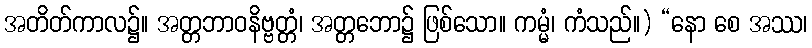
အတိတ်ကာလ၌။ အတ္တဘာဝနိဗ္ဗတ္တံ၊ အတ္တဘော၌ ဖြစ်သော။ ကမ္မံ၊ ကံသည်။) “နော စေ အဿ၊